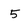
Character: 5